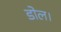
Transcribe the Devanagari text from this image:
डोल।